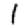
Digit: 1